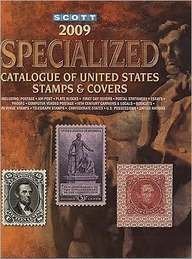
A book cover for Scott Specialized Catalogue of United States Stamps & Covers 2009; Crafts, Hobbies & Home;